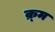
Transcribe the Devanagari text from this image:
क्र्म